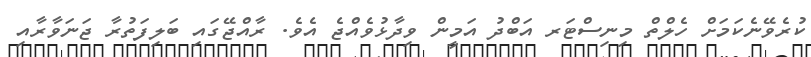
ކުރެވޭނެކަމަށް ހެލްތް މިނިސްޓަރ އަބްދު އަމީން ވިދާޅުވެއްޖެ އެވެ. ރާއްޖޭގައި ބަލިފަތުރާ ޖަނަވާރާއި